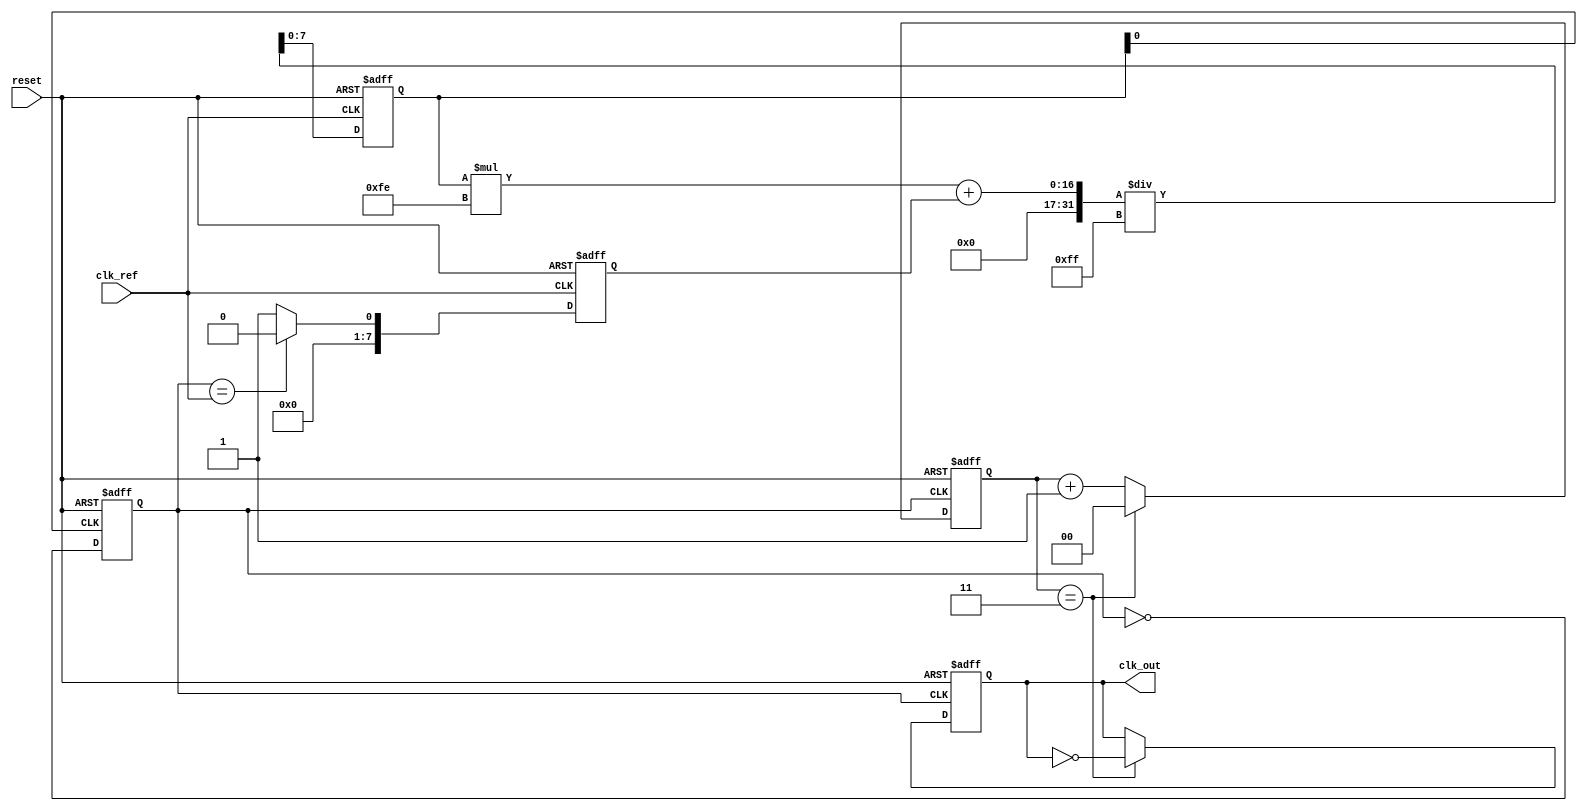
module PLL (
    input wire clk_ref,        // Reference clock input
    input wire reset,          // Asynchronous reset
    output wire clk_out        // VCO output clock
);

// Parameters
parameter DIV_RATIO = 4;     // Feedback divider ratio
parameter LPF_COEFF = 8'hFF; // Low Pass Filter coefficient

// Internal signals
reg [7:0] phase_error;        // Phase error signal from PD
reg [7:0] control_voltage;    // Control voltage for VCO
reg [7:0] vco_frequency;      // VCO frequency control
reg vco_clk;                  // VCO output clock
reg [1:0] feedback_div;       // Feedback divider counter

// Phase Detector (PD)
always @(posedge clk_ref or posedge reset) begin
    if (reset) begin
        phase_error <= 0;
    end else begin
        // Simple phase detection logic (could be more complex)
        phase_error <= (vco_clk == clk_ref) ? 0 : 8'h01; // Example phase error logic
    end
end

// Low Pass Filter (LPF)
always @(posedge clk_ref or posedge reset) begin
    if (reset) begin
        control_voltage <= 0;
    end else begin
        // Simple first-order LPF (could be more complex)
        control_voltage <= (control_voltage * (LPF_COEFF - 1) + phase_error) / LPF_COEFF;
    end
end

// Voltage-Controlled Oscillator (VCO)
always @(posedge control_voltage[0] or posedge reset) begin
    if (reset) begin
        vco_frequency <= 0;
        vco_clk <= 0;
    end else begin
        // Update the VCO frequency based on control voltage
        vco_frequency <= control_voltage; // Control the frequency
        vco_clk <= ~vco_clk;               // Toggle clock based on frequency
    end
end

// Feedback Divider
always @(posedge vco_clk or posedge reset) begin
    if (reset) begin
        feedback_div <= 0;
        clk_out <= 0;
    end else begin
        feedback_div <= feedback_div + 1;
        if (feedback_div == DIV_RATIO - 1) begin
            clk_out <= ~clk_out; // Generate output clock
            feedback_div <= 0;   // Reset feedback divider
        end
    end
end

endmodule